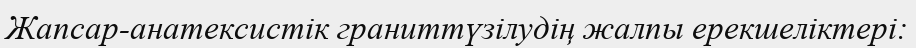
Жапсар-анатексистік граниттүзілудің жалпы ерекшеліктері: